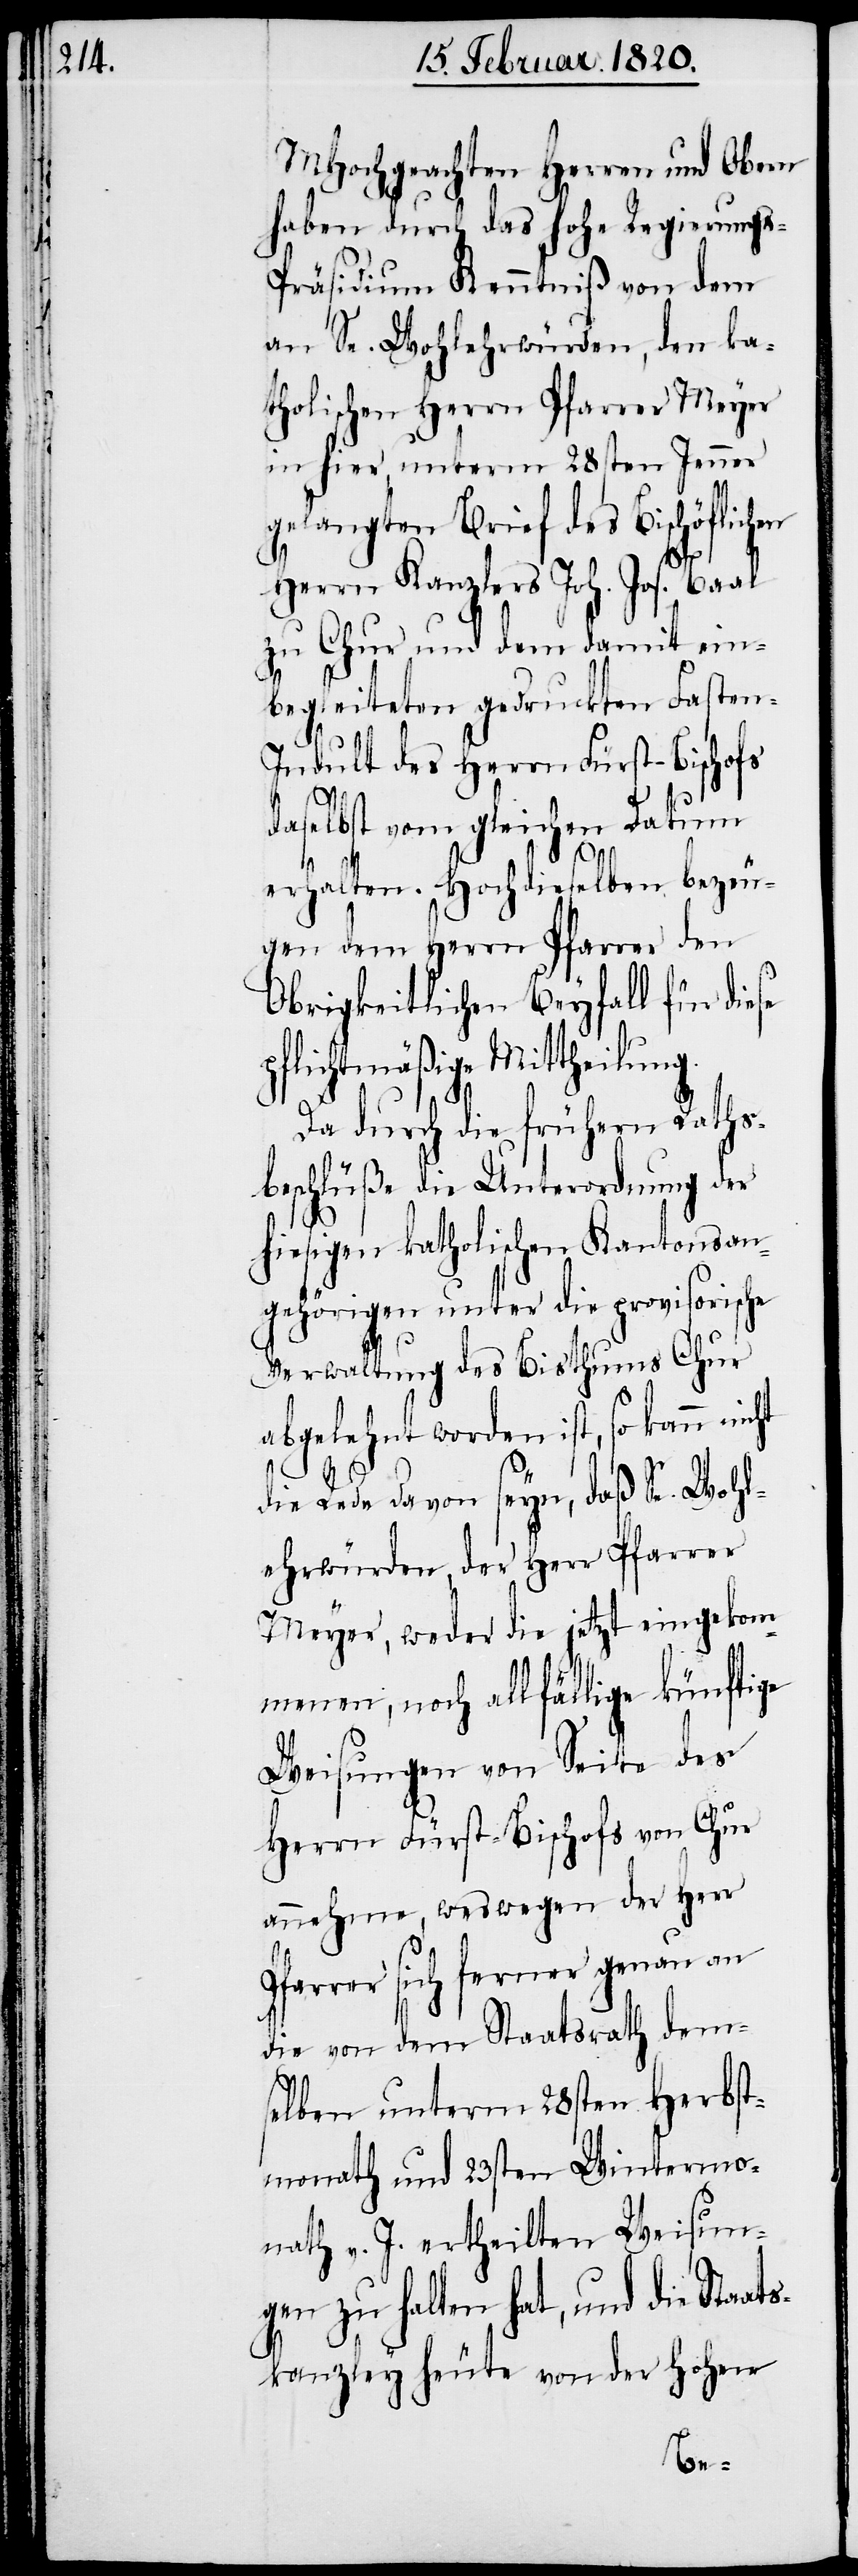
MHochgeachten Herren und Obern
haben durch das hohe Regierung¬
s-Präsidium Kenntniß von dem
an Se. Wohlehrwürden, den ka¬
tholischen Herrn Pfarrer Meyer
in hier, unterm 28sten Jenner
gelangten Brief des Bischöflich¬
Herrn Kanzlers Joh. Jos. Baal
zu Chur und dem damit ein¬
en
begleiteten gedruckten Fasten-I¬
ndult des Herrn Fürst-Bischofs
daselbst vom gleichen Datum
ht
erhalten. Hochdieselben bezeu¬
gen dem Herrn Pfarrer den
Obrigkeitlichen Beyfall für diese
pflichtmäßige Mittheilung.
Da durch die frühern Raths¬
beschlüße die Unterordnung der
hiesigen katholischen Kantonsan¬
gehörigen unter die provisorische
Verwaltung des Bisthums Chur
abgelehnt worden ist, so kann nic¬
die Rede davon seyn, das Se. Wohl¬
ehrwürden, der Herr Pfarrer
Meyer, weder die jetzt eingekom¬
menen, noch allfällige künftige
Weisungen von Seite des
Herrn Fürst-Bischofs von Chur
annehme, weswegen der Herr
Pfarrer sich ferner genau an
die von dem Staatsrath dem¬
selben unterm 28sten Wintermo¬
nath v. J. ertheilten Weisun¬
gen zu halten hat, und die Staa¬
tskanzley heute von der Hohen